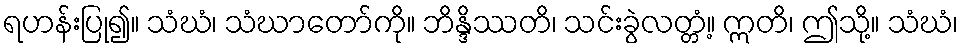
ရဟန်းပြု၍။ သံဃံ၊ သံဃာတော်ကို။ ဘိန္ဒိဿတိ၊ သင်းခွဲလတ္တံ့။ ဣတိ၊ ဤသို့။ သံဃံ၊